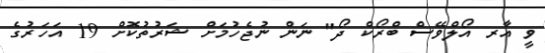
ވީ އާރ އޯލްވޭސް ބްރޯކް ދޯ" ނަން ނުޖެހުމަށް ޝަރުތުކޮށް 19 އަހަރުގެ